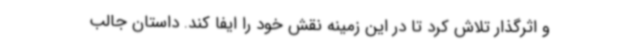
و اثرگذار تلاش کرد تا در این زمینه نقش خود را ایفا کند. داستان جالب